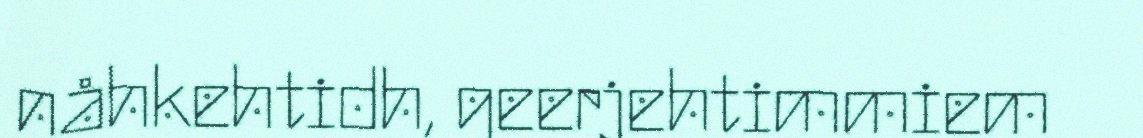
nåhkehtidh, geerjehtimmiem